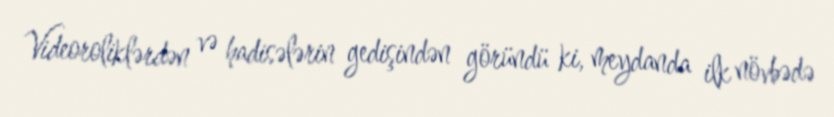
Videoroliklərdən və hadisələrin gedişindən göründü ki, meydanda ilk növbədə